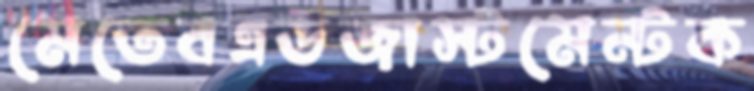
মেতেবএডজাস্টমেন্টক